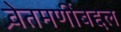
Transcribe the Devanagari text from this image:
श्र्वेतमणींबद्दल